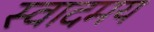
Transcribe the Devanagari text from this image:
स्वादमय